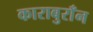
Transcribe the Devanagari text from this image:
काराबुराँन